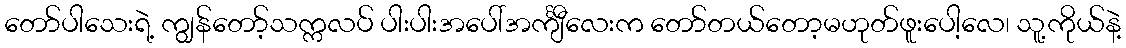
တော်ပါသေးရဲ့ ကျွန်တော့်သက္ကလပ် ပါးပါးအပေါ်အင်္ကျီလေးက တော်တယ်တော့မဟုတ်ဖူးပေါ့လေ၊ သူ့ကိုယ်နဲ့